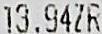
13.94ZR